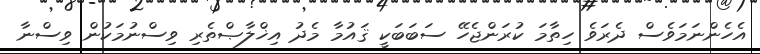
އެހެންނަމަވެސް ދެރަވެ ހިތާމަ ކުރަންޖެހޭ ސަބަބަކީ ޤައުމާ މެދު އިޚްލާޞްތެރި ވިސްނުމަކުން ވިސްނާ